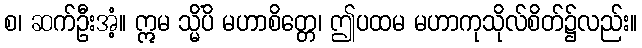
စ၊ ဆက်ဦးအံ့။ ဣမ သ္မိံပိ မဟာစိတ္တေ၊ ဤပထမ မဟာကုသိုလ်စိတ်၌လည်း။